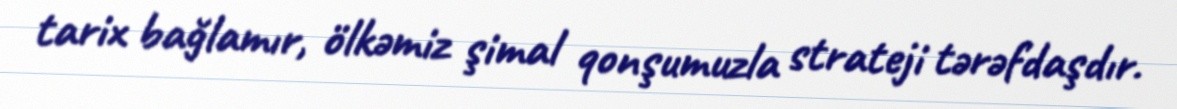
tarix bağlamır, ölkəmiz şimal qonşumuzla strateji tərəfdaşdır.